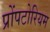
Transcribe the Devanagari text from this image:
प्रोंपटोरियम